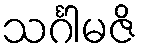
သင်္ဂါမဇိ